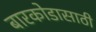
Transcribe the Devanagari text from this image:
बारकोडासाठी